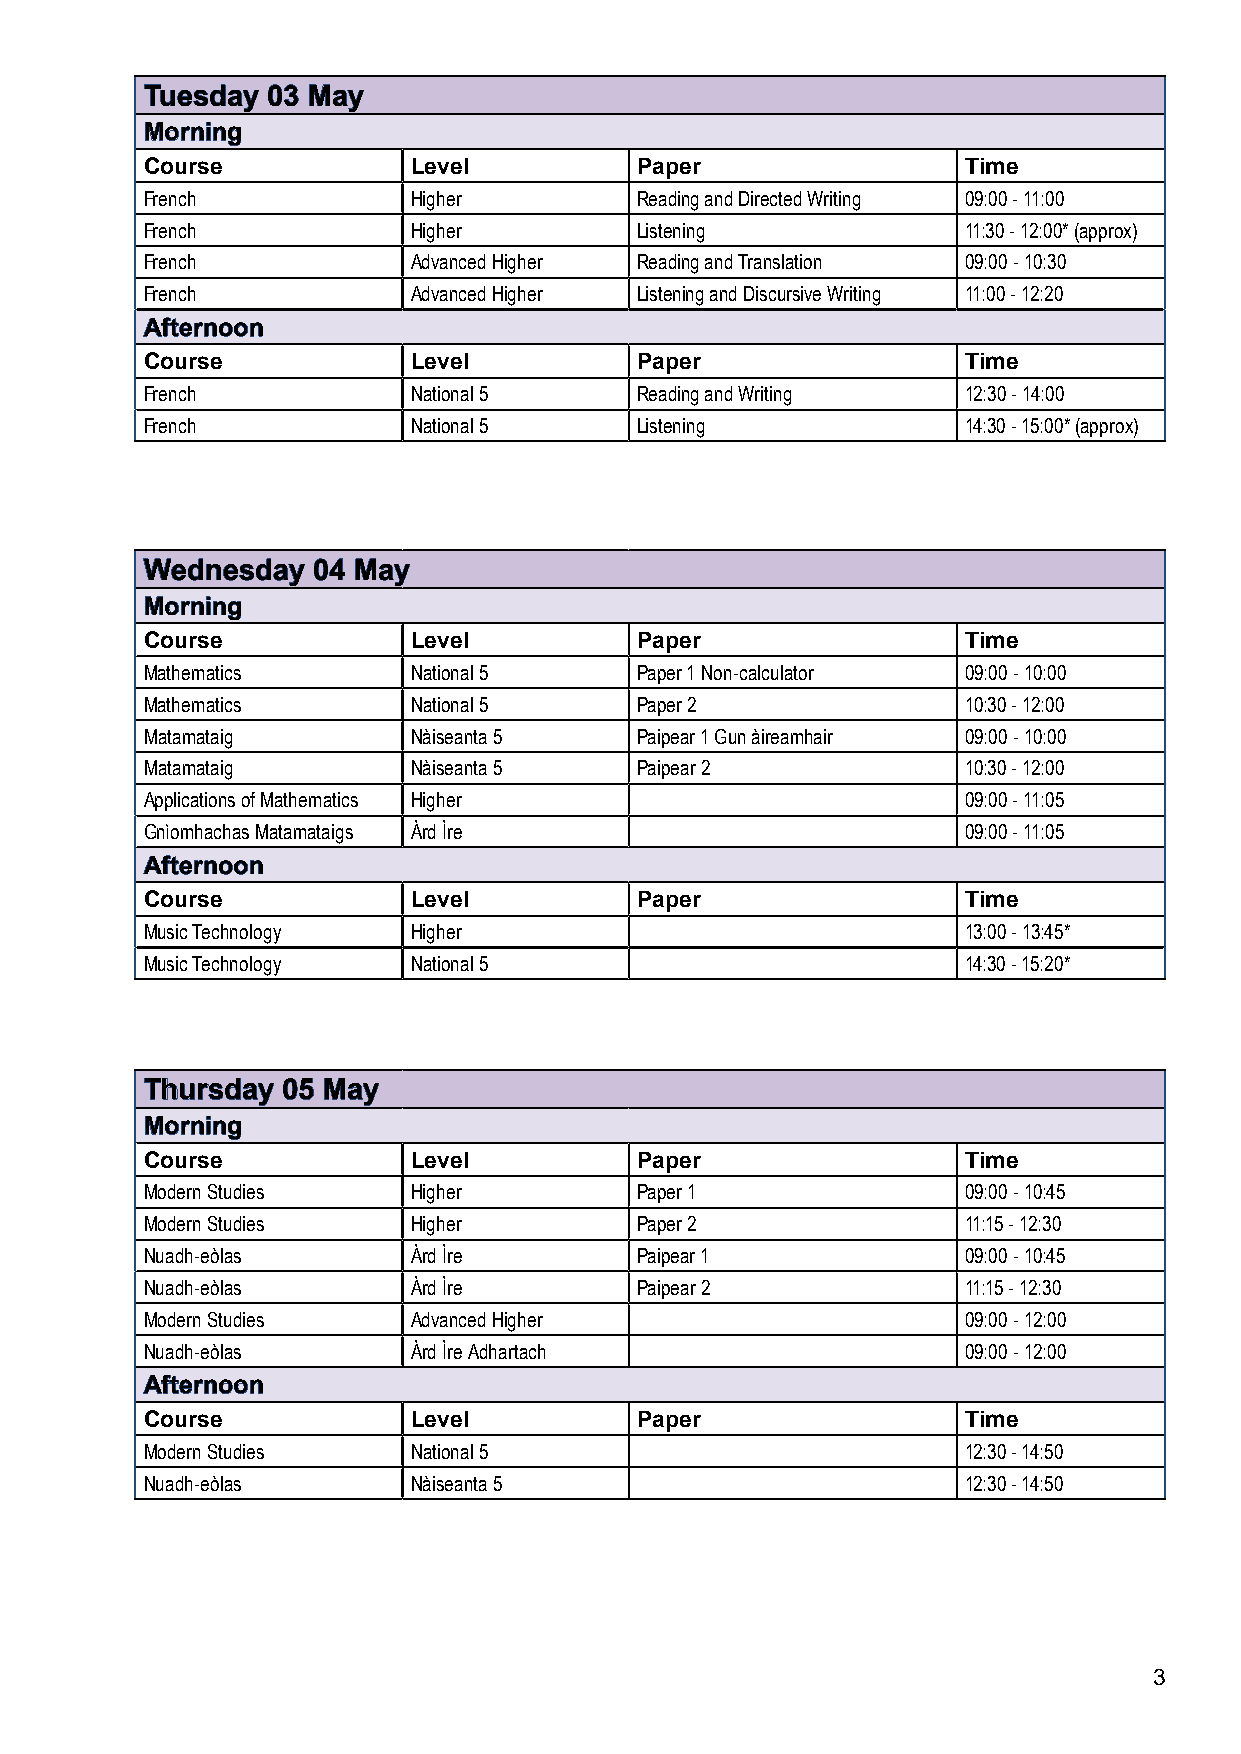
TTuueessddaayy 0033 MMaayy
 MMoorrnniinngg
 Course            Level          Paper                 Time
 French            Higher         Reading and Directed Writing 09:00 - 11:00
 French            Higher         Listening             11:30 - 12:00* (approx)
 French            Advanced Higher Reading and Translation 09:00 - 10:30
 French            Advanced Higher Listening and Discursive Writing 11:00 - 12:20
 AAfftteerrnnoooonn
 Course            Level          Paper                 Time
 French            National 5     Reading and Writing   12:30 - 14:00
 French            National 5     Listening             14:30 - 15:00* (approx)
 WWeeddnneessddaayy 0044 MMaayy
 MMoorrnniinngg
 Course            Level          Paper                 Time
 Mathematics       National 5     Paper 1 Non-calculator 09:00 - 10:00
 Mathematics       National 5     Paper 2               10:30 - 12:00
 Matamataig        Nàiseanta 5    Paipear 1 Gun àireamhair 09:00 - 10:00
 Matamataig        Nàiseanta 5    Paipear 2             10:30 - 12:00
 Applications of Mathematics Higher                     09:00 - 11:05
 Gnìomhachas Matamataigs Àrd Ìre                        09:00 - 11:05
 AAfftteerrnnoooonn
 Course            Level          Paper                 Time
 Music Technology  Higher                               13:00 - 13:45*
 Music Technology  National 5                           14:30 - 15:20*
 TThhuurrssddaayy 0055 MMaayy
 MMoorrnniinngg
 Course            Level          Paper                 Time
 Modern Studies    Higher         Paper 1               09:00 - 10:45
 Modern Studies    Higher         Paper 2               11:15 - 12:30
 Nuadh-eòlas       Àrd Ìre        Paipear 1             09:00 - 10:45
 Nuadh-eòlas       Àrd Ìre        Paipear 2             11:15 - 12:30
 Modern Studies    Advanced Higher                      09:00 - 12:00
 Nuadh-eòlas       Àrd Ìre Adhartach                    09:00 - 12:00
 AAfftteerrnnoooonn
 Course            Level          Paper                 Time
 Modern Studies    National 5                           12:30 - 14:50
 Nuadh-eòlas       Nàiseanta 5                          12:30 - 14:50
 3